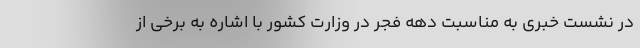
در نشست خبری به مناسبت دهه فجر در وزارت کشور با اشاره به برخی از